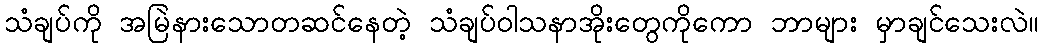
သံချပ်ကို အမြဲနားသောတဆင်နေတဲ့ သံချပ်ဝါသနာအိုးတွေကိုကော ဘာများ မှာချင်သေးလဲ။